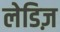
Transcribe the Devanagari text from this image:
लेडिज़